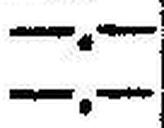
—.—